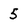
Character: 5